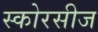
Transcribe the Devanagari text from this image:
स्कोरसीज